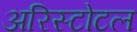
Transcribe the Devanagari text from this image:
अरिस्टोटल